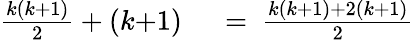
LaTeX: \begin{array}{rl}{{\frac{k(k{+}1)}{2}}+(k{+}1)}&{{}\ =\ {\frac{k(k{+}1)+2(k{+}1)}{2}}}\end{array}